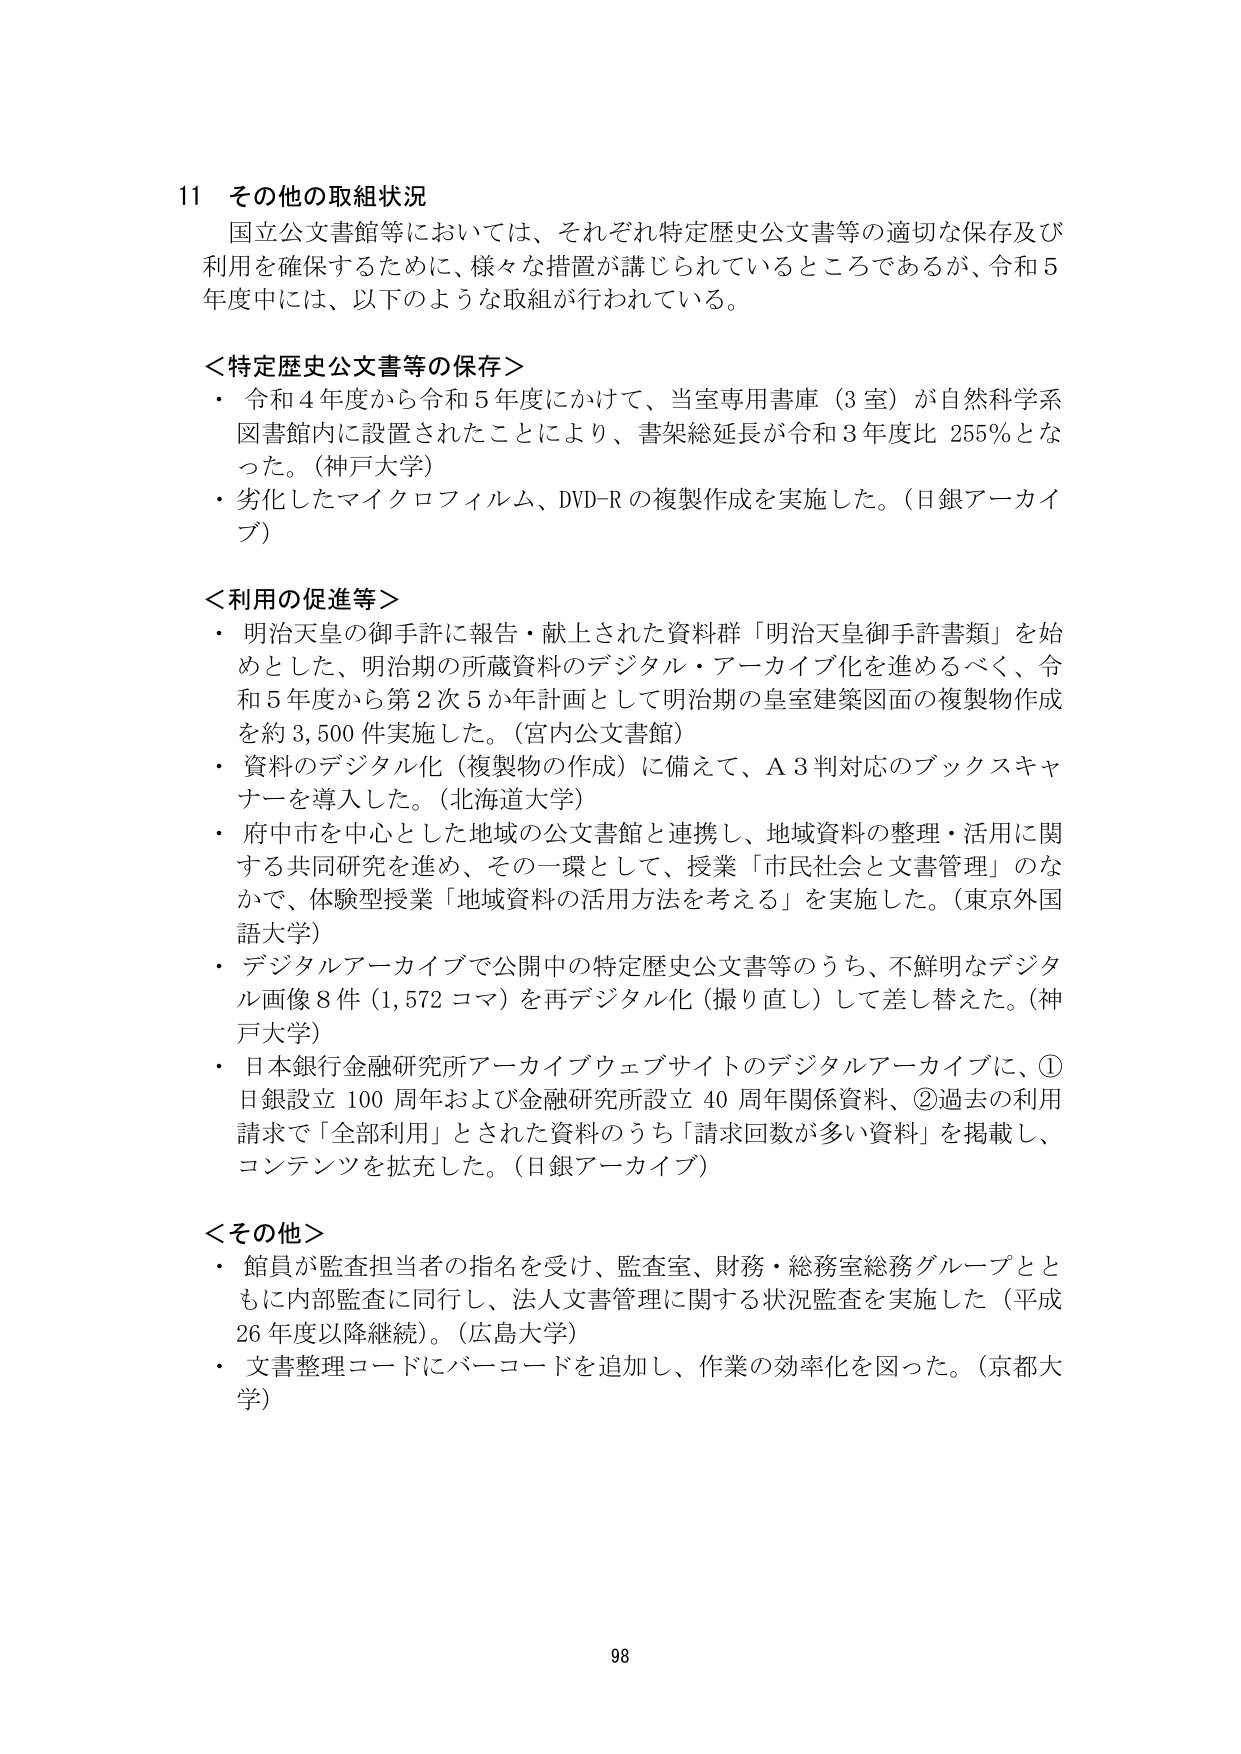
11 その他の取組状況
国立公文書館等においては、それぞれ特定歴史公文書等の適切な保存及び
利用を確保するために、様々な措置が講じられているところであるが、令和5
年度中には、以下のような取組が行われている。

＜特定歴史公文書等の保存＞
・ 令和4年度から令和5年度にかけて、当室専用書庫（3室）が自然科学系
図書館内に設置されたことにより、書架総延長が令和3年度比 255％とな
った。（神戸大学）
・ 劣化したマイクロフィルム、DVD-R の複製作成を実施した。（日銀アーカイ
ブ）

＜利用の促進等＞
・ 明治天皇の御手許に報告・献上された資料群「明治天皇御手許書類」を始
めとした、明治期の所蔵資料のデジタル・アーカイブ化を進めるべく、令
和5年度から第2次5か年計画として明治期の皇室建築図面の複製物作成
を約3,500件実施した。（宮内公文書館）
・ 資料のデジタル化（複製物の作成）に備えて、A3判対応のブックスキャ
ナーを導入した。（北海道大学）
・ 府中市を中心とした地域の公文書館と連携し、地域資料の整理・活用に関
する共同研究を進め、その一環として、授業「市民社会と文書管理」のな
かで、体験型授業「地域資料の活用方法を考える」を実施した。（東京外国
語大学）
・ デジタルアーカイブで公開中の特定歴史公文書等のうち、不鮮明なデジタ
ル画像8件（1,572コマ）を再デジタル化（撮り直し）して差し替えた。（神
戸大学）
・ 日本銀行金融研究所アーカイブウェブサイトのデジタルアーカイブに、①
日銀設立100周年および金融研究所設立40周年関係資料、②過去の利用
請求で「全部利用」とされた資料のうち「請求回数が多い資料」を掲載し、
コンテンツを拡充した。（日銀アーカイブ）

＜その他＞
・ 館員が監査担当者の指名を受け、監査室、財務・総務室総務グループとと
もに内部監査に同行し、法人文書管理に関する状況監査を実施した（平成
26年度以降継続）。（広島大学）
・ 文書整理コードにバーコードを追加し、作業の効率化を図った。（京都大
学）

98